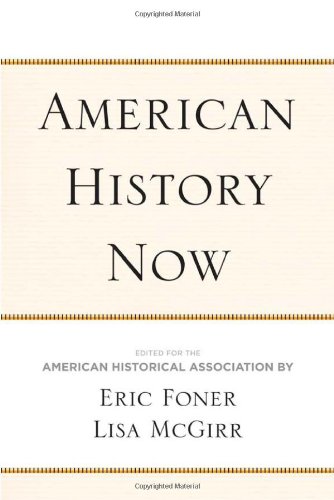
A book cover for American History Now (Critical Perspectives On The P); History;